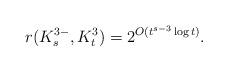
LaTeX: \begin{align*} r(K_s^{3-}, K_t^3)=2^{O(t^{s-3}\log t)}.\end{align*}